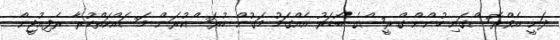
ދަނީ އެވްރޮސްގައި ހުންން ގްރީސްގެ ބޯޑަރު އެއްގަމު މަގުން ހުރަސްކުރަން މަސައްކަތްކުރާ ރެފިއުޖީން